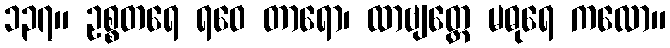
၁၃၇။ ဥစ္စတရေ ရဝေ တာရော၊ ထာဗျတ္တေ မဓုရေ ကလော။